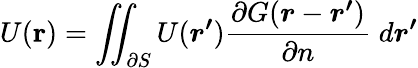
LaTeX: U(\mathbf{r})=\iint_{\partial S}U(\boldsymbol{r^{\prime}})\frac{\partial G(\boldsymbol{r}-\boldsymbol{r^{\prime}})}{\partial n}\; d\boldsymbol{r^{\prime}}